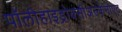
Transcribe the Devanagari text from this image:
पॉलीहाइड्रोक्सीअल्केनोएट